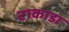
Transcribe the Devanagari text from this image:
टाकाडा